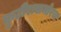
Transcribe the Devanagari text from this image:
कुटीरासमोरच